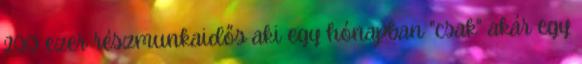
200 ezer részmunkaidős aki egy hónapban "csak" akár egy